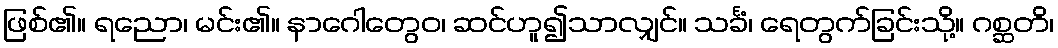
ဖြစ်၏။ ရညော၊ မင်း၏။ နာဂေါတွေဝ၊ ဆင်ဟူ၍သာလျှင်။ သင်္ခံ၊ ရေတွက်ခြင်းသို့။ ဂစ္ဆတိ၊